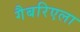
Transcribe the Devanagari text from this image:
गैबरिएला